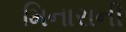
મિનારાની